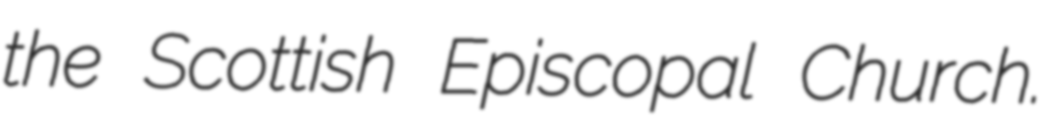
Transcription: the Scottish Episcopal Church.